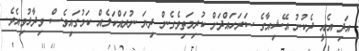
އަދި އެއީ ދެކުނު އޭޝިއާގެ ސަރަހައްދަށް ކުރިމަތިވެގެން ދިޔަ ނުރައްކަލެއް ކަމުގައިވެސް ވިދާޅުވިއެވެ.